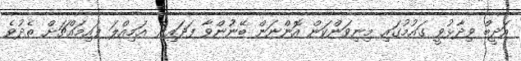
އަދީބް ވިދާޅުވީ ގައުމުގައި މިނިވަންކަން އޮންނަން ބޭނުންވާ ފަދައިން އަމިއްލަ ފައިމައްޗަށް ތެދުވެ